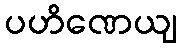
ပဟိဏေယျ